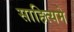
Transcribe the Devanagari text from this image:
साहित्यमे